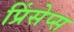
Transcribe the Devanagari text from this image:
प्रिंसेप्स